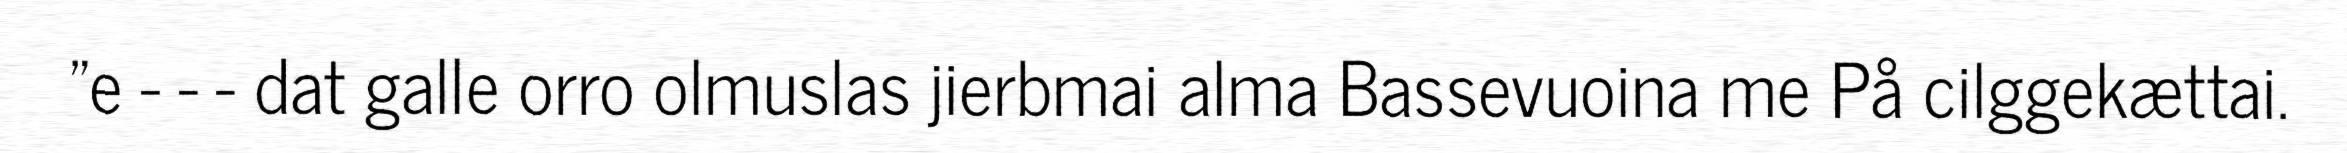
"e - - - dat galle orro olmuslas jierbmai alma Bassevuoina me På cilggekættai.